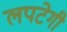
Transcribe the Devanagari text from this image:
लपटेगी